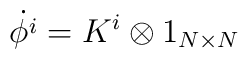
\dot{ \phi^i}= K^i \otimes 1_{N \times N}